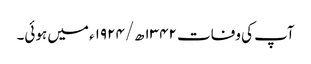
آپ کی وفات ۱۳۴۲ھ/۱۹۲۴ء میں ہوئی۔